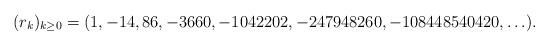
LaTeX: \begin{align*}(r_k)_{k\ge 0} = (1, -14, 86, -3660 , -1042202, -247948260,-108448540420, \ldots).\end{align*}